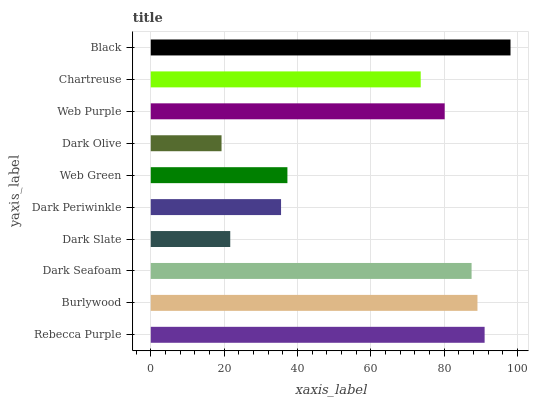
| yaxis_label | bars |
 | --- | --- |
 | Rebecca Purple | 91 |
 | Burlywood | 89.1 |
 | Dark Seafoam | 87.5 |
 | Dark Slate | 21.7 |
 | Dark Periwinkle | 35.5 |
 | Web Green | 37.3 |
 | Dark Olive | 19.3 |
 | Web Purple | 80.1 |
 | Chartreuse | 73.6 |
 | Black | 98.1 |